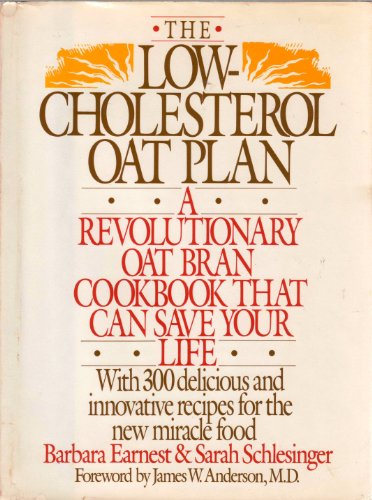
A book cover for The Low-Cholesterol Oat Plan: Over 300 Delicious and Innovative Recipes for the New Miracle Food; Barbara R. Earnest; Health, Fitness & Dieting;